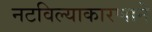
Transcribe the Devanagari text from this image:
नटविल्याकारणाने